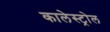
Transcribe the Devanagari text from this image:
कालेस्ट्रोल